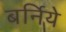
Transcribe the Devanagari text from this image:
बर्निये